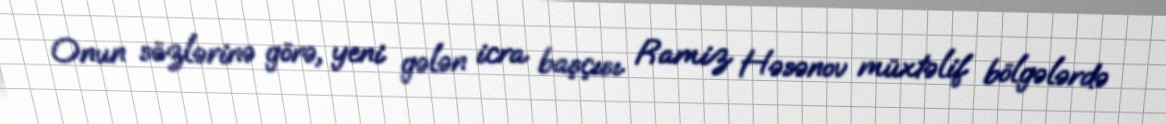
Onun sözlərinə görə, yeni gələn icra başçısı Ramiz Həsənov müxtəlif bölgələrdə